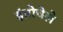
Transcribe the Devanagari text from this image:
इंतोचेले